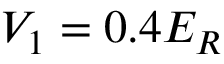
V _ { 1 } = 0 . 4 E _ { R }